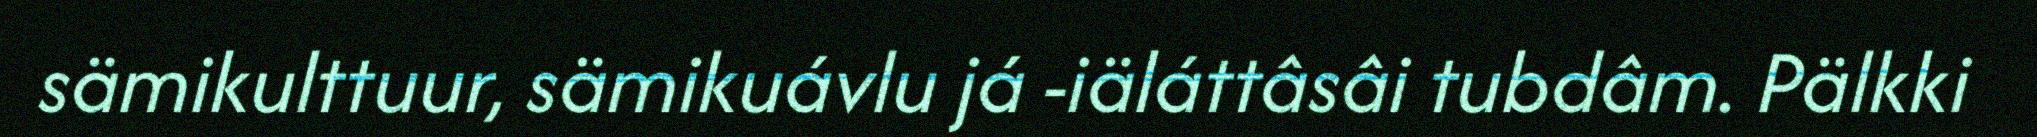
sämikulttuur, sämikuávlu já -iäláttâsâi tubdâm. Pälkki